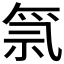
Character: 𱵊